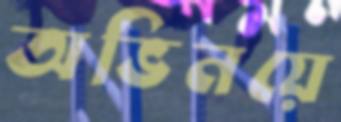
অভিনয়ে